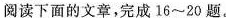
阅读下面的文章，完16-20题。